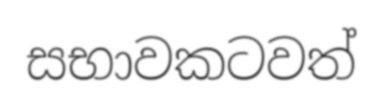
සභාවකටවත්